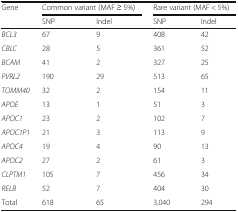
<table><thead><tr><td rowspan="2"><b>Gene</b></td><td colspan="2"><b>Common variant (MAF ≥ 5%)</b></td><td colspan="2"><b>Rare variant (MAF &lt; 5%)</b></td></tr><tr><td><b>SNP</b></td><td><b>Indel</b></td><td><b>SNP</b></td><td><b>Indel</b></td></tr></thead><tbody><tr><td><i>BCL3</i></td><td>67</td><td>9</td><td>408</td><td>42</td></tr><tr><td><i>CBLC</i></td><td>28</td><td>5</td><td>361</td><td>52</td></tr><tr><td><i>BCAM</i></td><td>41</td><td>2</td><td>327</td><td>25</td></tr><tr><td><i>PVRL2</i></td><td>190</td><td>29</td><td>513</td><td>65</td></tr><tr><td><i>TOMM40</i></td><td>32</td><td>2</td><td>154</td><td>11</td></tr><tr><td><i>APOE</i></td><td>13</td><td>1</td><td>51</td><td>3</td></tr><tr><td><i>APOC1</i></td><td>23</td><td>2</td><td>102</td><td>7</td></tr><tr><td><i>APOC1P1</i></td><td>21</td><td>3</td><td>113</td><td>9</td></tr><tr><td><i>APOC4</i></td><td>19</td><td>4</td><td>90</td><td>13</td></tr><tr><td><i>APOC2</i></td><td>27</td><td>2</td><td>61</td><td>3</td></tr><tr><td><i>CLPTM1</i></td><td>105</td><td>7</td><td>456</td><td>34</td></tr><tr><td><i>RELB</i></td><td>52</td><td>7</td><td>404</td><td>30</td></tr><tr><td>Total</td><td>618</td><td>65</td><td>3,040</td><td>294</td></tr></tbody></table>